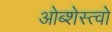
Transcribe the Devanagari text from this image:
ओब्शेस्त्वो